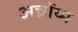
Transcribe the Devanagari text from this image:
अच्रोंय्म